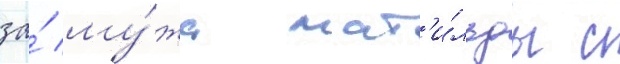
за́ му́жа мат'и́льды с